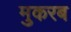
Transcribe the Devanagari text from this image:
मुकरब